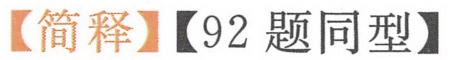
【简释】【92 题同型】